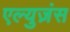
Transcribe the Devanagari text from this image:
एल्युज़ंस